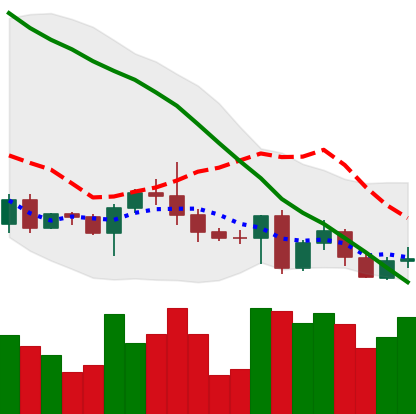
Ticker: BTC-USD
Chart end date: 2022-05-02
Forward return: -7.857%
Label: down_7plus